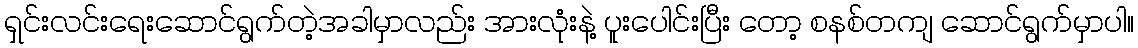
ရှင်းလင်းရေးဆောင်ရွက်တဲ့အခါမှာလည်း အားလုံးနဲ့ ပူးပေါင်းပြီး တော့ စနစ်တကျ ဆောင်ရွက်မှာပါ။